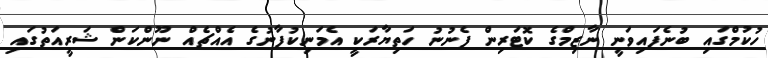
ހުކުމްގައި ބުނެފައިވަނީ ނާޒިމްގެ ކޮޓަރިން ފެނުނު ހަތިޔާރަކީ އެމަނިކުފާނުގެ އެއްޗެއް ނޫންކަން ޝަރީއަތުގައި